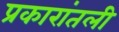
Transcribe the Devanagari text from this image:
प्रकारांतली